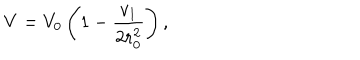
V = V _ { 0 } \left( 1 - { \frac { v _ { 1 } } { 2 r _ { 0 } ^ { 2 } } } \right) ,